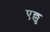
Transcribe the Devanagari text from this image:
एल्लु